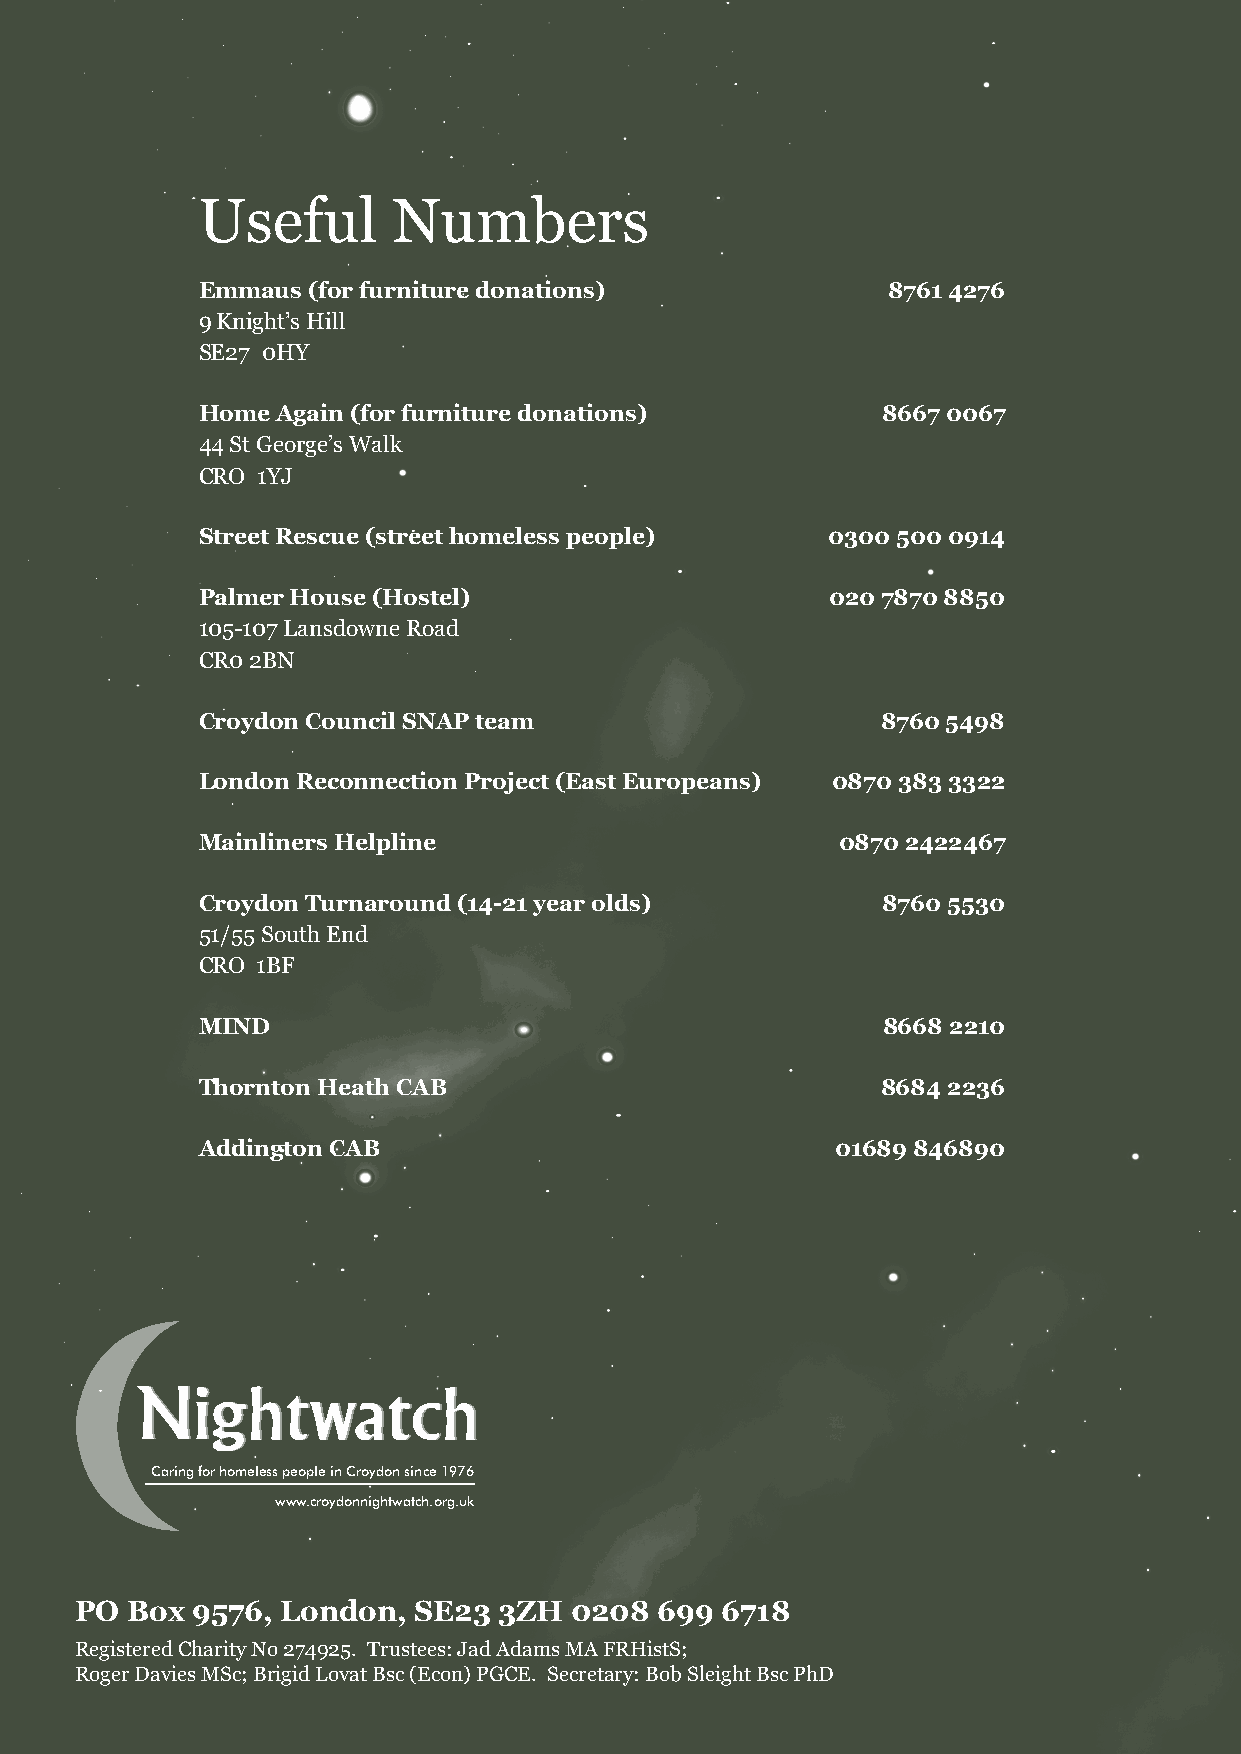
Useful       Numbers
 Emmaus (for furniture donations)              8761 4276
 9 Knight’s Hill
 SE27 0HY
 Home Again (for furniture donations)         8667 0067
 44 St George’s Walk
 CRO 1YJ
 Street Rescue (street homeless people)    0300 500 0914
 Palmer House (Hostel)                     020 7870 8850
 105-107 Lansdowne Road
 CR0 2BN
 Croydon Council SNAP team                    8760 5498
 London Reconnection Project (East Europeans) 0870 383 3322
 Mainliners Helpline                       0870 2422467
 Croydon Turnaround (14-21 year olds)         8760 5530
 51/55 South End
 CRO 1BF
 MIND                                         8668 2210
 Thornton Heath CAB                           8684 2236
 Addington CAB                             01689 846890
 Caring for homeless people in Croydon since 1976
 www.croydonnightwatch.org.uk
 PO Box  9576, London, SE23  3ZH  0208 699  6718
 Registered Charity No 274925. Trustees: Jad Adams MA FRHistS;
 Roger Davies MSc; Brigid Lovat Bsc (Econ) PGCE. Secretary: Bob Sleight Bsc PhD